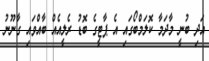
އަދި ބުނީ މާދަމާ ކޮލަމްބޯގައި އެ ޕާޓީގެ ބޮޑު ރެލީއެއް ބާއްވައި ގާނޫނު